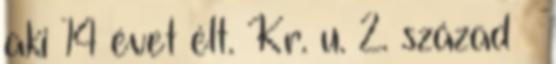
aki 14 évet élt. Kr. u. 2. század –